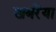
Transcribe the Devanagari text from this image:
खबरेंया